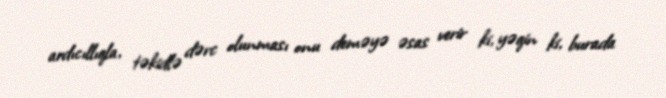
ardıcıllıqla, təkidlə dərc olunması onu deməyə əsas verir ki, yəqin ki, burada